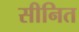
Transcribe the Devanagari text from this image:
सीनित